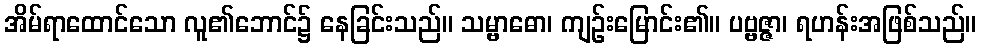
အိမ်ရာထောင်သော လူ၏ဘောင်၌ နေခြင်းသည်။ သမ္ဗာဓော၊ ကျဉ်းမြောင်း၏။ ပဗ္ဗဇ္ဇာ၊ ရဟန်းအဖြစ်သည်။